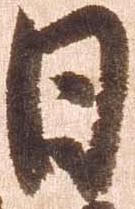
日